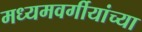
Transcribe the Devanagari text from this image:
मध्यमवर्गीयांच्या